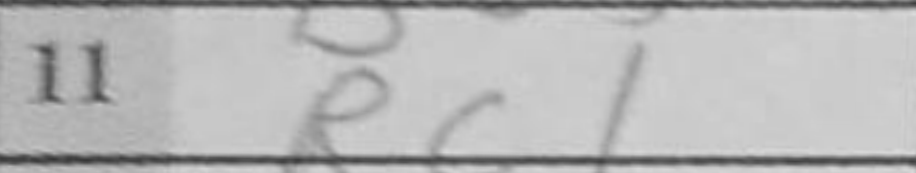
Transcription: Rc1